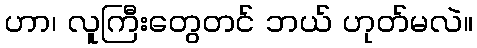
ဟာ၊ လူကြီးတွေတင် ဘယ် ဟုတ်မလဲ။